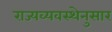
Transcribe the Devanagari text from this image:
राज्यव्यवस्थेनुसार